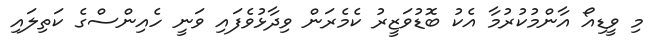
މި ވީޑިއޯ އާންމުކުރުމާ އެކު ބޮޑުވަޒީރު ކެމެރަން ވިދާޅުވެފައި ވަނީ ހެއިންސްގެ ކަތިލައި